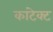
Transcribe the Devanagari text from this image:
कांटेक्‍ट